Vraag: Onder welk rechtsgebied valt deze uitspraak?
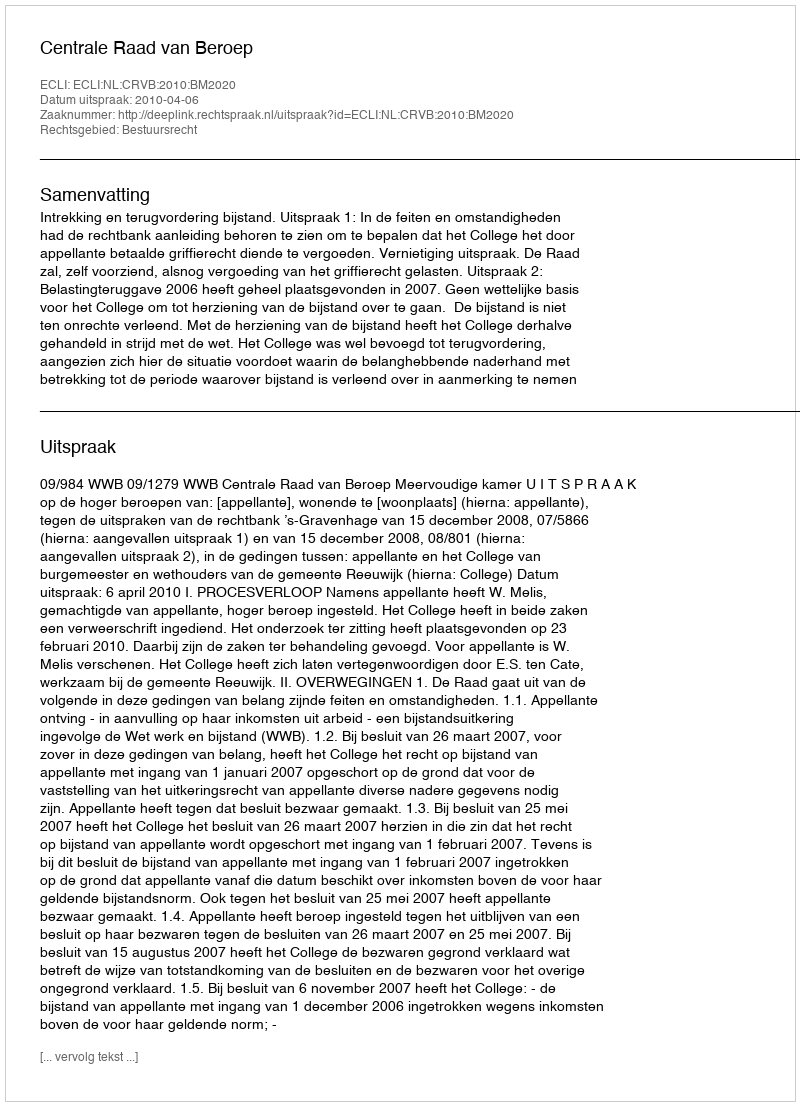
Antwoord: Bestuursrecht